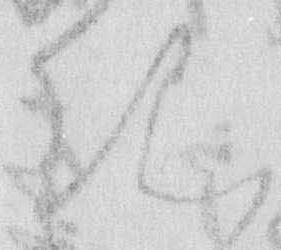
き